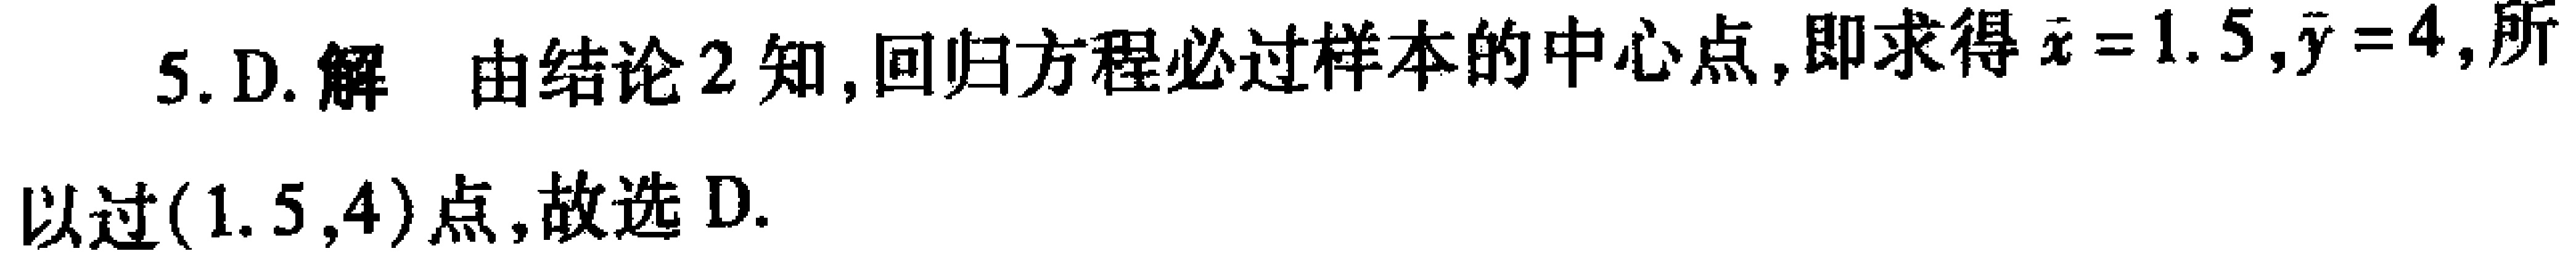
5. D. 解 由结论2知,回归方程必过样本的中心点,即求得\(\bar{x}=1.5,\bar{y}=4\),所以过\((1.5,4)\)点,故选D.